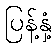
ပြန့်နှံ့